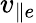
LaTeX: v_{\parallel e}